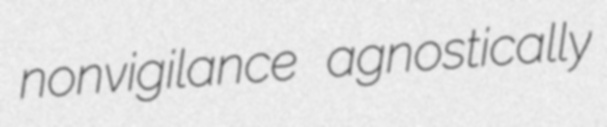
nonvigilance agnostically